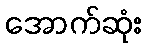
အောက်ဆုံး